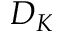
D _ { K }